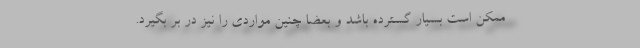
ممکن است بسیار گسترده باشد و بعضاً چنین مواردی را نیز در بر بگیرد.